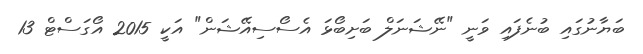
ބަޔާނުގައި ބުނެފައި ވަނީ "ނޭޝަނަލް ބަށިބޯޅަ އެސޯސިއޭޝަން" އަކީ 2015 އޯގަސްޓް 13